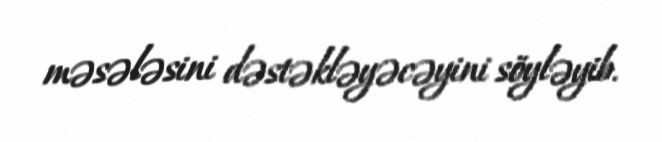
məsələsini dəstəkləyəcəyini söyləyib.